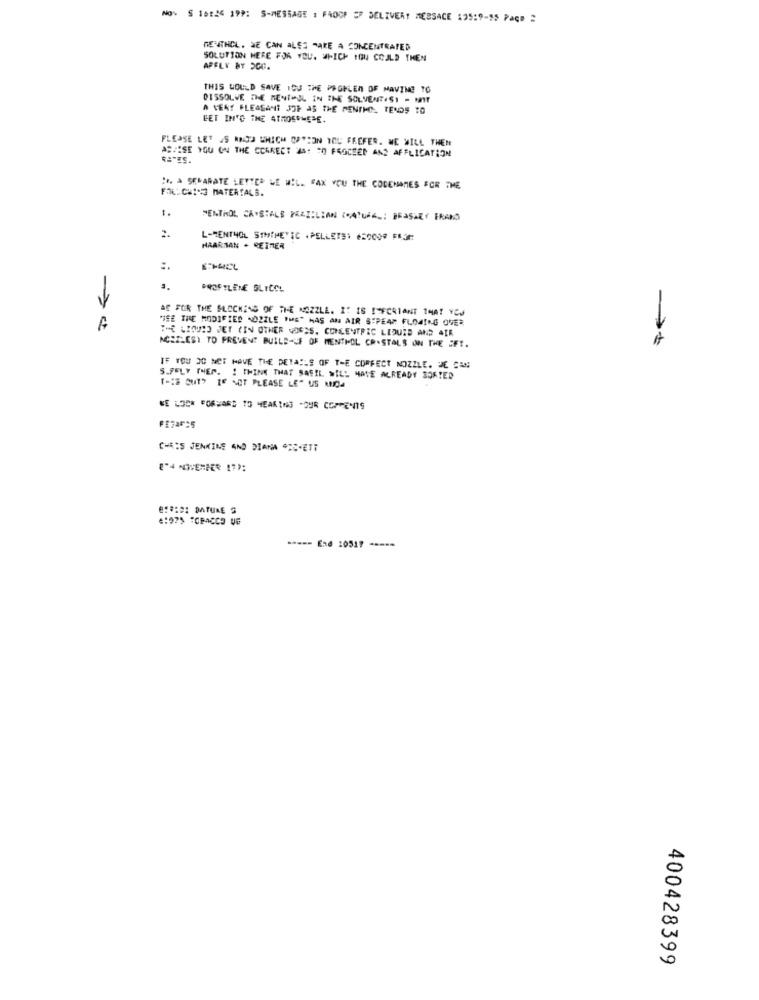
NO. S 16:24 199: S-MESSAGE . FAOOF SP DELIVERY MESSACE 195:9-55 Paço 2
REWITHCL. WE CAN ALES TAKE A CONCENTRATED
SOLUTION HERE FOR YOU. WHICH YOU COULD THEN
ABFLY BY DOC.
THIS WOULD SAVE IDU THE PAGKLEN OF HAVING TO
DISSOLVE THE MENTHUL IN THE SOLVENTASI - MIT
A VERY PLEASANT 3OP AS THE MENIKON, TENDS TO
GET INTO THE ATMOSPHERE.
PLEASE LET AS RAJS WHICH OPTION YOU FREFER. WE WILL THEN
ASSISE YOU ON THE CORRECT AS! "O PROCEED AND AFFLICATION
" A SERARATE LETTER WE WILL FAX YOU THE CODEHOMES FOR THE
FOL: CHI*3 MATERIALS.
1.
MENTHOL CRYSTALS PRAZILIAN (ATURAL: BRASHEY FRANS
2.
L-MENTHOL STMIMETIC . PELLETS: 650009 F3
MAARTAN . REITER
PROSTLENE SLICCL
SE FOR THE BLOCKEND OF THE NOZZLE. IT IS ITFCRIANT THAT YES
"SE THE MODIFIED NOZZLE THE" HAS AN AIR S"PEAR FLOWING OVER
A
THE LIQUID JET (IN OTHER VORES. CONCENTRIC LIDUIS AND AIR
NCISLESY TO PREVENT BUILD-LF OF MENTHOL CR.STALS ON THE EFT.
IF YOU DO NOT HAVE THE DETAILS OF THE CORRECT NOZZLE. DE CAN
SAFELY THEM. ! THINK THAT BASIL WILL HAVE ALREADY SORTED
"-18 OUTS IF NOT PLEASE LE" US MUDA
WE LOOK FORWARD TO HEARING -OUR COMMENTS
CHRIS JENKINS AND DIANA ACC-ETT
E:#:D2 DATURE S
4:075 TOBACCO VE
----- End :0517 -----
400428399